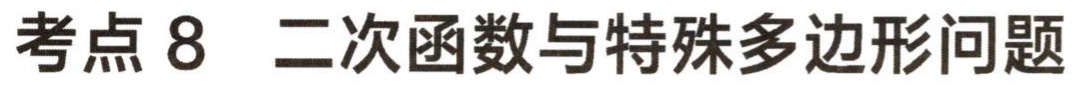
考点 8  二次函数与特殊多边形问题